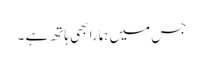
جس میں ہمارا بھی ہاتھ ہے ۔